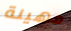
مهينة